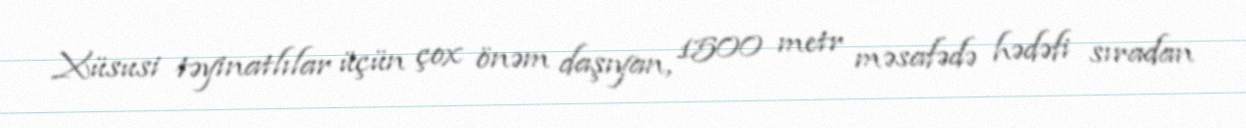
Xüsusi təyinatlılar üçün çox önəm daşıyan, 1500 metr məsafədə hədəfi sıradan